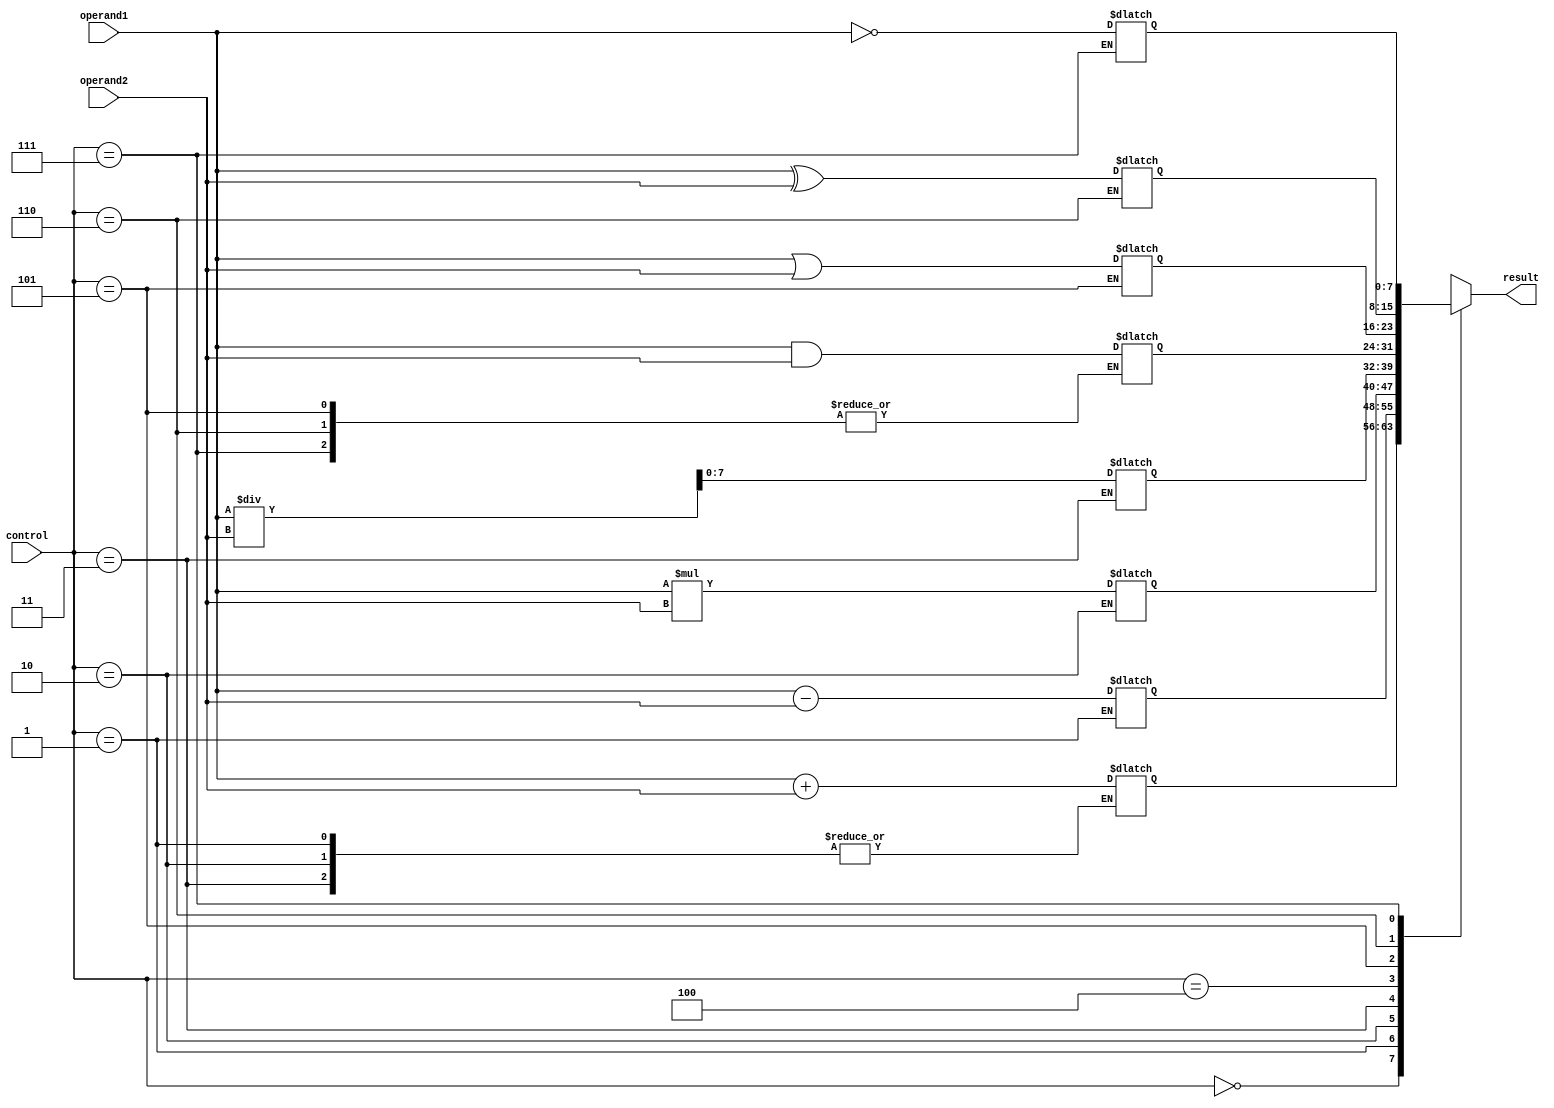
module ALU_8bit(
    input [7:0] operand1,
    input [7:0] operand2,
    input [2:0] control,
    output reg [7:0] result
);

// Arithmetic Blocks
reg [8:0] add_result;
reg [8:0] sub_result;
reg [8:0] mul_result;
reg [8:0] div_result;

always @(*)
begin
    case(control)
        3'b000: add_result <= operand1 + operand2;
        3'b001: sub_result <= operand1 - operand2;
        3'b010: mul_result <= operand1 * operand2;
        3'b011: div_result <= operand1 / operand2;
        default: add_result <= operand1 + operand2;
    endcase
end

// Logical Operation Blocks
reg [7:0] and_result;
reg [7:0] or_result;
reg [7:0] xor_result;
reg [7:0] not_result;

always @(*)
begin
    case(control)
        3'b100: and_result <= operand1 & operand2;
        3'b101: or_result <= operand1 | operand2;
        3'b110: xor_result <= operand1 ^ operand2;
        3'b111: not_result <= ~operand1;
        default: and_result <= operand1 & operand2;
    endcase
end

// Output selection based on control signals
always @(*)
begin
    case(control)
        3'b000: result <= add_result[7:0];
        3'b001: result <= sub_result[7:0];
        3'b010: result <= mul_result[7:0];
        3'b011: result <= div_result[7:0];
        3'b100: result <= and_result;
        3'b101: result <= or_result;
        3'b110: result <= xor_result;
        3'b111: result <= not_result;
        default: result <= add_result[7:0];
    endcase
end

endmodule